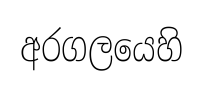
අරගලයෙහි